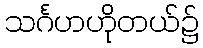
သင်္ဂဟဟိုတယ်၌